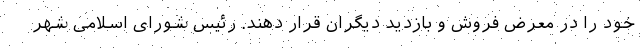
خود را در معرض فروش و بازدید دیگران قرار دهند. رئیس شورای اسلامی شهر